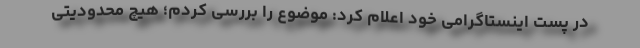
در پست اینستاگرامی خود اعلام کرد: موضوع را بررسی کردم؛ هیچ محدودیتی